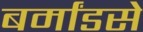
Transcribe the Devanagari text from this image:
बर्मांडसे